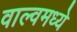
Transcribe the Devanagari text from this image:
वाल्वमध्ये